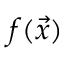
f ( \vec { x } )